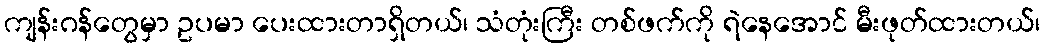
ကျန်းဂန်တွေမှာ ဥပမာ ပေးထားတာရှိတယ်၊ သံတုံးကြီး တစ်ဖက်ကို ရဲနေအောင် မီးဖုတ်ထားတယ်၊